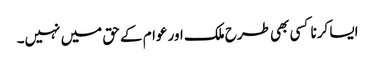
ایسا کرنا کسی بھی طرح ملک اور عوام کے حق میں نہیں۔